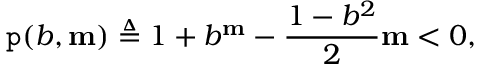
\mathtt { p } ( b , \mathbf { m } ) \triangleq 1 + b ^ { \mathbf { m } } - \frac { 1 - b ^ { 2 } } { 2 } \mathbf { m } < 0 ,